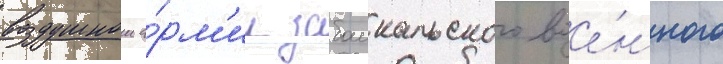
воздушнои а́рм'ии забаикальского вое́нного